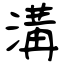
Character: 溝